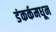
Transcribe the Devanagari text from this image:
डंकर्कमधून